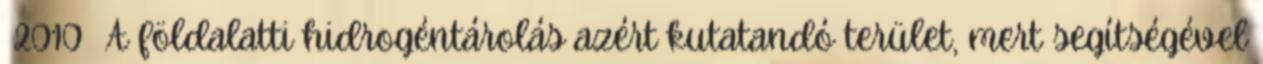
2010 A földalatti hidrogéntárolás azért kutatandó terület, mert segítségével